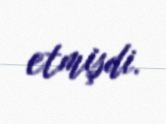
etmişdi.